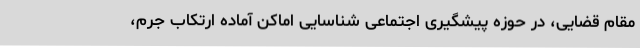
مقام قضایی، در حوزه پیشگیری اجتماعی شناسایی اماکن آماده ارتکاب جرم،